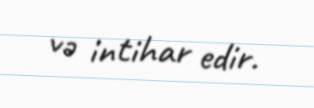
və intihar edir.